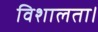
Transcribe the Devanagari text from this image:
विशालता।